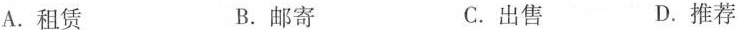
A.租赁 B.邮寄 C.出售 D.推荐